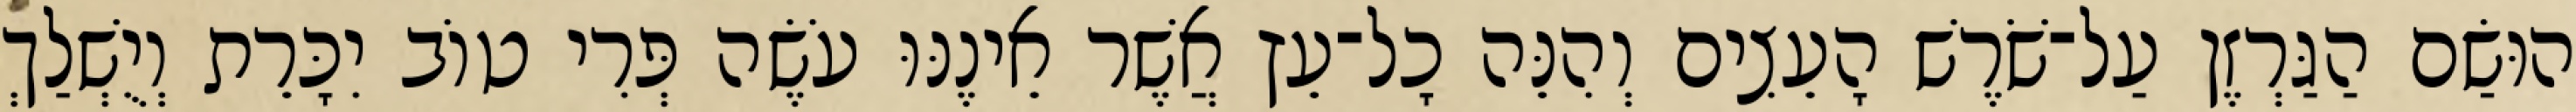
הוּשַׂם הַגַּרְזֶן עַל־שֹׁרֶשׁ הָעֵצִים וְהִנֵּה כָל־עֵץ אֲשֶׁר אֵינֶנּוּ עֹשֶׂה פְּרִי טוֹב יִכָּרֵת וְיֻשְׁלַךְ